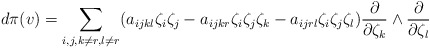
\begin{align*}d\pi(v)=\sum_{i,j,k\neq r,l\neq r}(a_{ijkl}\zeta_{i}\zeta_{j} - a_{ijkr}\zeta_{i}\zeta_{j}\zeta_{k} - a_{ijrl}\zeta_{i}\zeta_{j}\zeta_{l}) \frac{\partial }{\partial \zeta_{k}}\wedge \frac{\partial }{\partial \zeta_{l}}\end{align*}